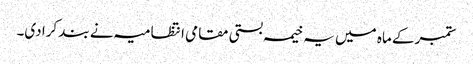
ستمبر کے ماہ میں یہ خیمہ بستی مقامی انتظامیہ نے بند کرا دی۔